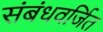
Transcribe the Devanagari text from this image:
संबंधवर्जित